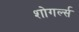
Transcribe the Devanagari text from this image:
शोगर्ल्स